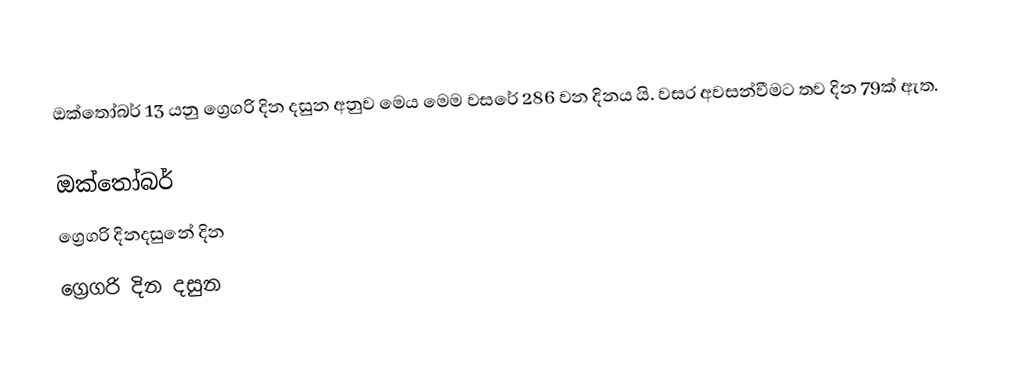
ඔක්තෝබර් 13 යනු ග්‍රෙගරි දින දසුන අනුව මෙය මෙම වසරේ 286 වන දිනය යි. වසර අවසන්වීමට තව දින 79ක් ඇත.

ඔක්තෝබර්
ග්‍රෙගරි දිනදසුනේ දින
ග්‍රෙගරි දින දසුන